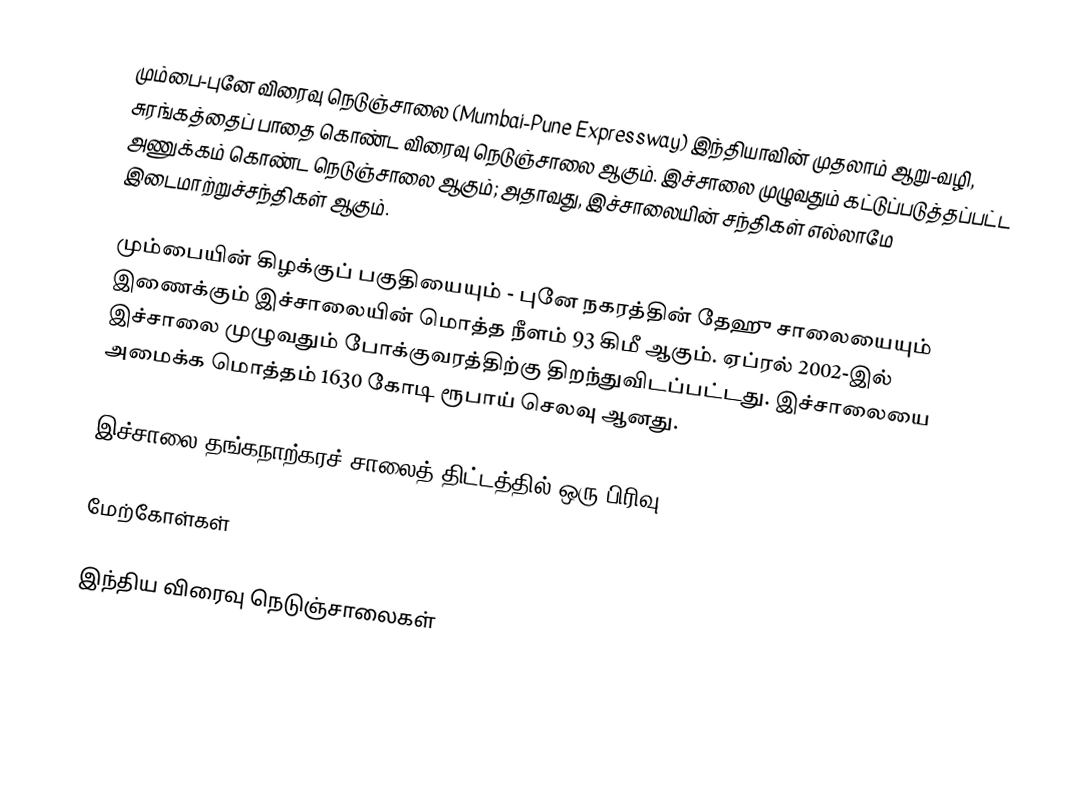
மும்பை-புனே விரைவு நெடுஞ்சாலை (Mumbai-Pune Expressway) இந்தியாவின் முதலாம் ஆறு-வழி, சுரங்கத்தைப் பாதை கொண்ட விரைவு நெடுஞ்சாலை ஆகும். இச்சாலை முழுவதும் கட்டுப்படுத்தப்பட்ட அணுக்கம் கொண்ட நெடுஞ்சாலை ஆகும்; அதாவது, இச்சாலையின் சந்திகள் எல்லாமே இடைமாற்றுச்சந்திகள் ஆகும்.

மும்பையின் கிழக்குப் பகுதியையும் - புனே நகரத்தின் தேஹு சாலையையும் இணைக்கும் இச்சாலையின் மொத்த நீளம் 93 கிமீ ஆகும். ஏப்ரல் 2002-இல் இச்சாலை முழுவதும் போக்குவரத்திற்கு திறந்துவிடப்பட்டது. இச்சாலையை அமைக்க மொத்தம் 1630 கோடி ரூபாய் செலவு ஆனது.

இச்சாலை தங்கநாற்கரச் சாலைத் திட்டத்தில் ஒரு பிரிவு.

மேற்கோள்கள்

இந்திய விரைவு நெடுஞ்சாலைகள்